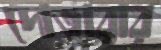
দোতারার